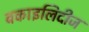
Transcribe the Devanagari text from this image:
बकाइलिदीज